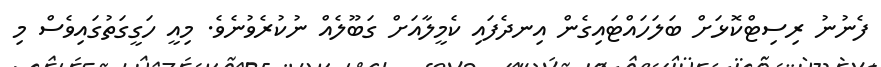
ފެނުނު ރިސިޓްކޮޅަށް ބަލަހައްޓައިގެން އިނދެފައި ކެމީލާއަށް ގަބޫލެއް ނުކުރެވުނެވެ. މިއީ ހަގީގަތުގައިވެސް މި